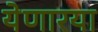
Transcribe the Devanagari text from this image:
येणारया